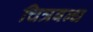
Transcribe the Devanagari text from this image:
चित्रबन्ध